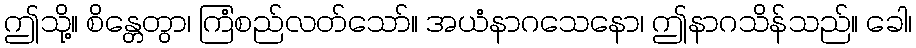
ဤသို့။ စိန္တေတွာ၊ ကြံစည်လတ်သော်။ အယံနာဂသေနော၊ ဤနာဂသိန်သည်။ ခေါ၊